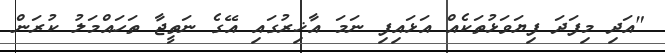
"އަދި މިފަދަ ފިޔަވަޅުތަކެއް އަޅައިފި ނަމަ އާޚިރުގައި އޭގެ ނަތީޖާ ތަހައްމަލު ކުރަން